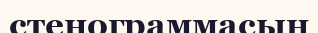
стенограммасын